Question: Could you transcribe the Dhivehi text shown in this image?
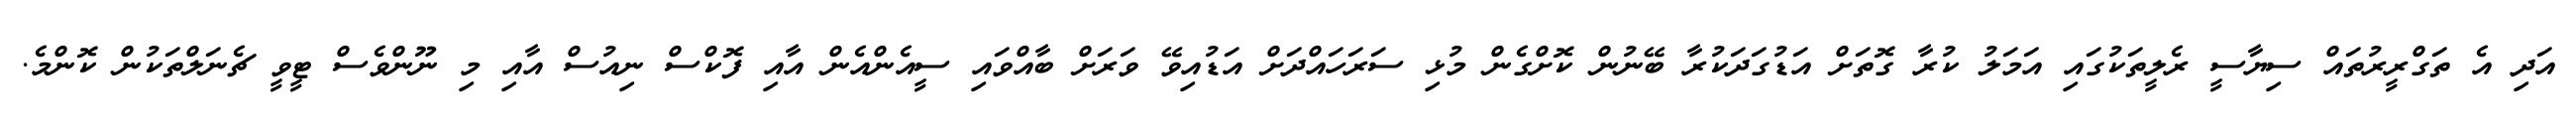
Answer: އަދި އެ ތަގްރީރުތައް ސިޔާސީ ރެލީތަކުގައި އަމަލު ކުރާ ގޮތަށް އަޑުގަދަކުރާ ބޭނުން ކޮށްގެން މުޅި ސަރަހައްދަށް އަޑުއިވޭ ވަރަށް ބާއްވައި ސީއެންއެން އާއި ފޮކްސް ނިއުސް އާއި މި ނޫންވެސް ޓީވީ ޗެނަލްތަކުން ކޮންމެ.